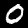
Label: 0